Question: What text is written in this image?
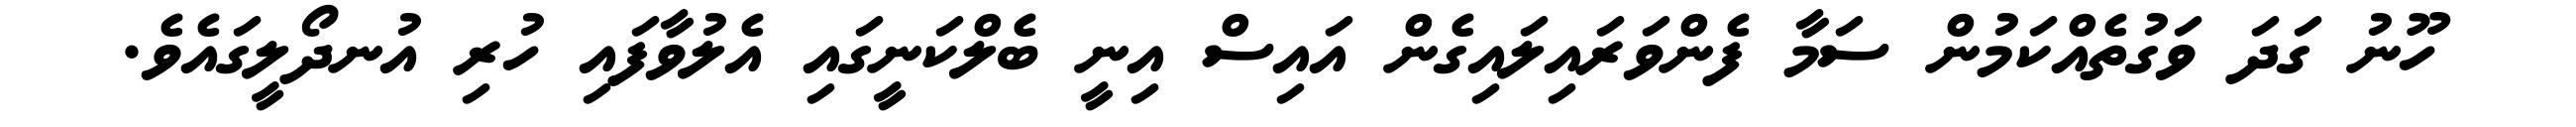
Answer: ހޫނު ގަދަ ވަގުތެއްކަމުން ސަމާ ފެންވަރައިލައިގެން އައިސް އިނީ ބެލްކަނީގައި އެލުވާފައި ހުރި އުނދޯލީގައެވެ.